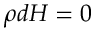
\rho d H = 0